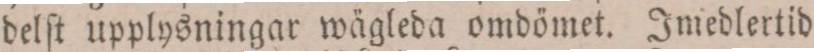
delſt upplysningar wägleda omdömet. Imedlertid